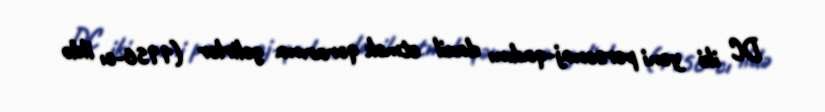
DC iki yeni personaj-qadını daxil etmək qərarına gəlirlər (1956-cı ildə